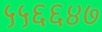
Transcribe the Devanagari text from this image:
५५६६४७